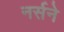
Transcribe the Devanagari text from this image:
नर्सने